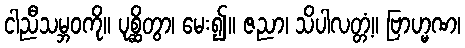
ငါညီသမ္ဘဝကို။ ပုစ္ဆိတွာ၊ မေး၍။ ဇညာ၊ သိပါလတ္တံ့။ ဗြာဟ္မဏ၊